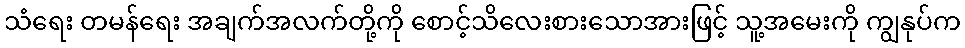
သံရေး တမန်ရေး အချက်အလက်တို့ကို စောင့်သိလေးစားသောအားဖြင့် သူ့အမေးကို ကျွနုပ်က